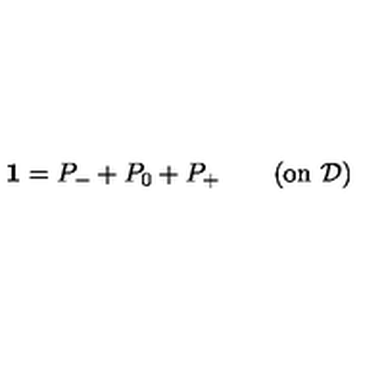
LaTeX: \mathbf { 1 } = P _ { - } + P _ { 0 } + P _ { + } \quad \quad ( \mathrm { o n \ } \mathcal { D } )